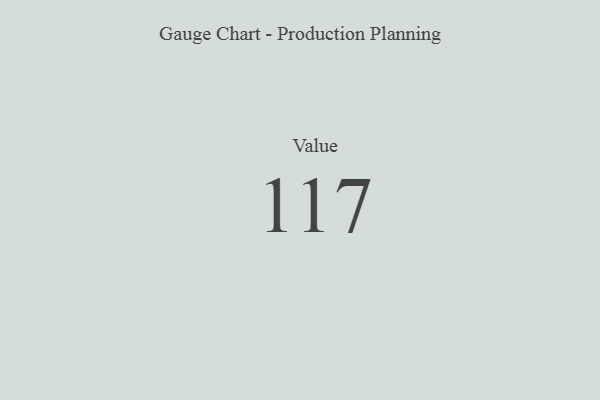
{"axis": {"x": "Metric", "y": "Value"}, "legend": [""], "data": [{"x": "Value", "y": 117, "type": ""}]}